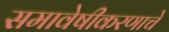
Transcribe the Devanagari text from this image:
समावेषीकरणाचे